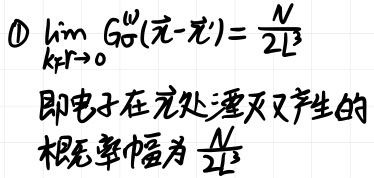
\textcircled{1}\(\lim_{k \boldsymbol{r} \rightarrow 0} G_{0}^{\omega}(\vec{x}-\vec{x}') = \frac{N}{2 L^{3}}\)，即电子在\(x\)处湮灭又产生的概率幅为\(\frac{N}{2 L^{3}}\)